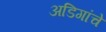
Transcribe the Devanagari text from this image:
अडिगांचे